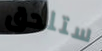
ستلحق